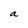
Character: a